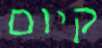
קיום